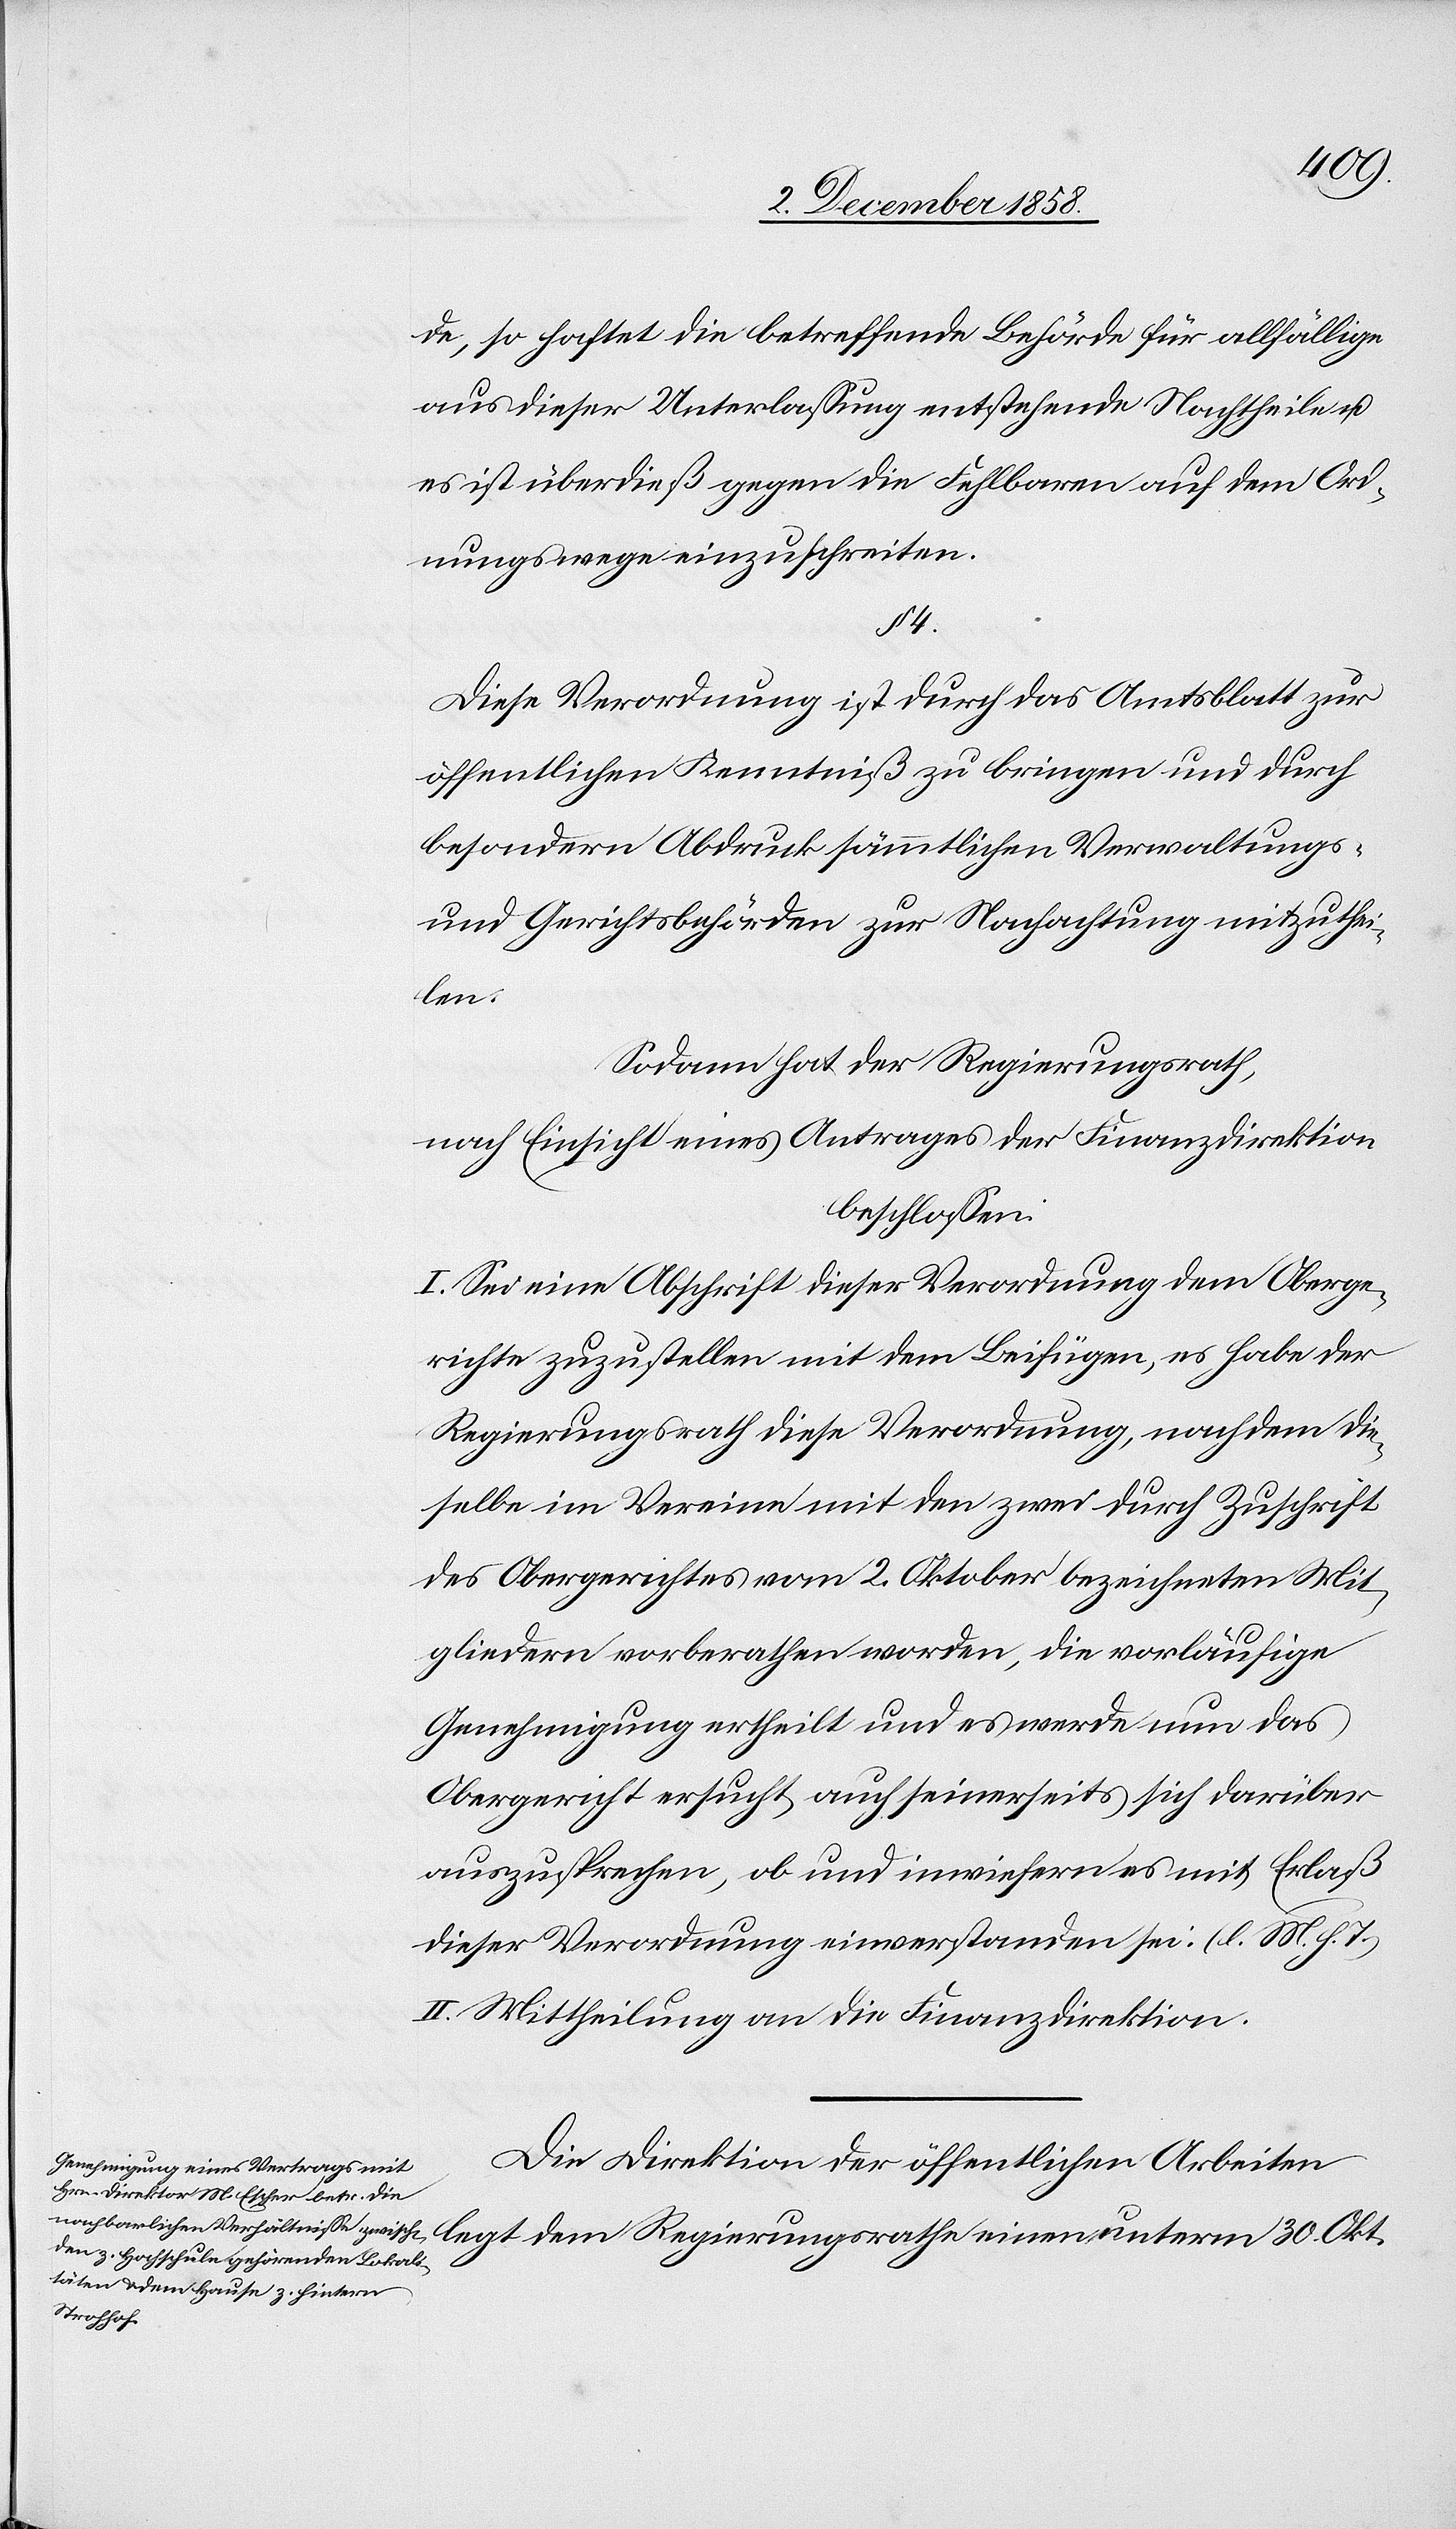
de, so haftet die betreffende Behörde für allfällige
aus dieser Unterlassung entstehende Nachtheile u.
es ist überdieß gegen die Fehlbaren auf dem Ord¬
nungswege einzuschreiten.
§ 4.
Diese Verordnung ist durch das Amtsblatt zur
öffentlichen Kenntniß zu bringen und durch
besondern Abdruck sämmtlichen Verwaltungs-
und Gerichtsbehörden zur Nachachtung mitzuthei¬
len.
Sodann hat der Regierungsrath,
nach Einsicht eines Antrages der Finanzdirektion
beschlossen:
I. Sei eine Abschrift dieser Verordnung dem Oberge¬
richte zuzustellen mit dem Beifügen, es habe der
Regierungsrath diese Verordnung, nachdem die¬
selbe im Vereine mit den zwei durch Zuschrift
des Obergerichtes vom 2. Oktober bezeichneten Mit¬
gliedern vorberathen worden, die vorläufige
Genehmigung ertheilt und es werde nun das
Obergericht ersucht auch seinerseits sich darüber
auszusprechen, ob und inwiefern es mit Erlaß
dieser Verordnung einverstanden sei. (l. M. h. T.)
II. Mittheilung an die Finanzdirektion.
Die Direktion der öffentlichen Arbeiten
unterm 30.